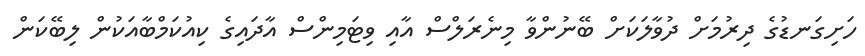
ހަށިގަނޑުގެ ދިރުމަށް ދުވާލަކަށް ބޭނުންވާ މިނެރަލްސް އާއި ވިޓަމިންސް އާދައިގެ ކިއުކަމްބާއަކުން ލިބޭކަން